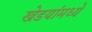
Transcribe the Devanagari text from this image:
खेडयांमध्ये